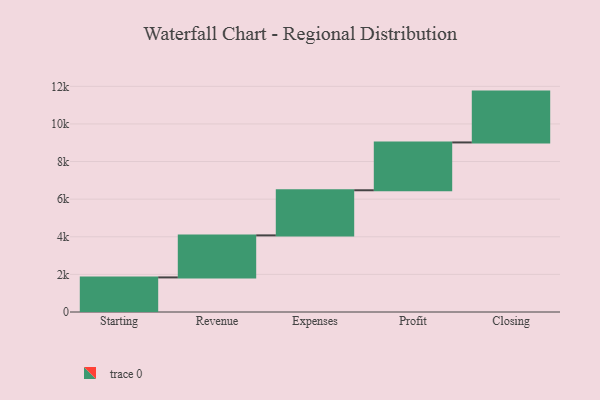
{"axis": {"x": "Step", "y": "Value"}, "legend": [""], "data": [{"x": "Starting", "y": 1839.0, "type": ""}, {"x": "Revenue", "y": 2235.0, "type": ""}, {"x": "Expenses", "y": 2399.0, "type": ""}, {"x": "Profit", "y": 2543.0, "type": ""}, {"x": "Closing", "y": 2703.0, "type": ""}]}